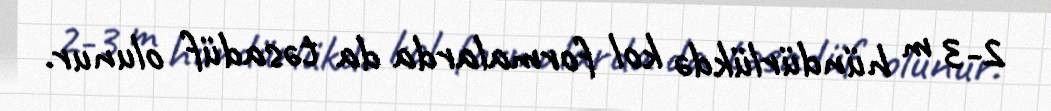
2-3 m hündürlükdə kol formalarda da təsadüf olunur.